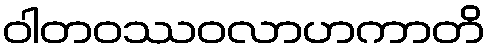
ဝါတဝဿဝလာဟကာတိ